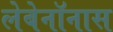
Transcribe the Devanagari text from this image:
लेबेनॉनास